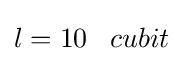
l=10\;\;\;cubit